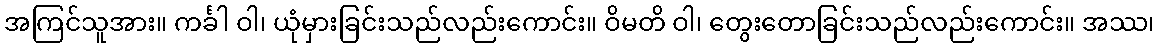
အကြင်သူအား။ ကင်္ခါ ဝါ၊ ယုံမှားခြင်းသည်လည်းကောင်း။ ဝိမတိ ဝါ၊ တွေးတောခြင်းသည်လည်းကောင်း။ အဿ၊